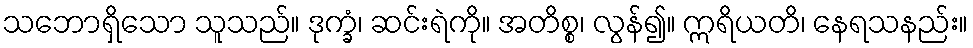
သဘောရှိသော သူသည်။ ဒုက္ခံ၊ ဆင်းရဲကို။ အတိစ္စ၊ လွန်၍။ ဣရိယတိ၊ နေရသနည်း။